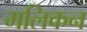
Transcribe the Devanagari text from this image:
मलिकन